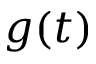
g ( t )